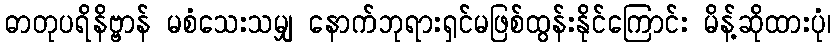
ဓာတုပရိနိဗ္ဗာန် မစံသေးသမျှ နောက်ဘုရားရှင်မဖြစ်ထွန်းနိုင်ကြောင်း မိန့်ဆိုထားပုံ၊